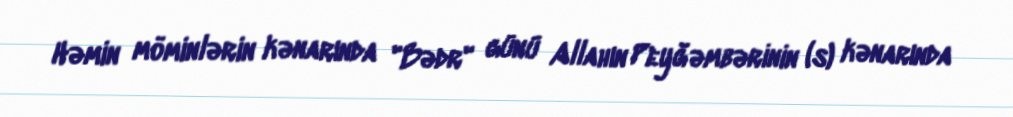
Həmin möminlərin kənarında "Bədr" günü Allahın Peyğəmbərinin (s) kənarında